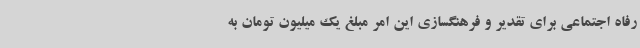
رفاه اجتماعی برای تقدیر و فرهنگسازی این امر مبلغ یک میلیون تومان به